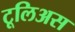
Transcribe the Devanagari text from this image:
टूलिअस